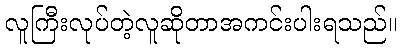
လူကြီးလုပ်တဲ့လူဆိုတာအကင်းပါးရသည်။